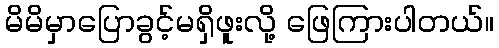
မိမိမှာပြောခွင့်မရှိဖူးလို့ ဖြေကြားပါတယ်။